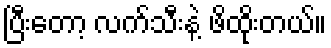
ပြီးတော့ လက်သီးနဲ့ ဖိထိုးတယ်။